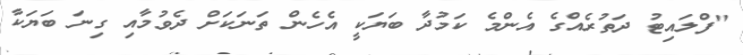
"ފްލައިޓު ދަތުރެއްގެ އެންމެ ކަމުދާ ބަޔަކީ އެހެން ތަނަކަށް ދެވުމާއި ގިނަ ބަޔަކާ